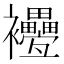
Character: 𧟕